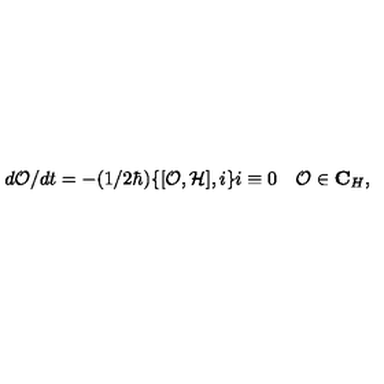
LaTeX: d { \cal O } / d t = - ( 1 / 2 \hbar ) \{ [ { \cal O } , { \cal H } ] , i \} i \equiv 0 \quad { \cal O } \in { \bf C } _ { H } ,